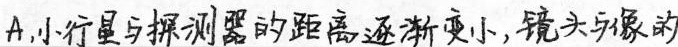
A,小行星与探测器的距离逐渐变小,镜头与像的